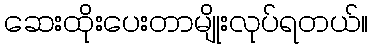
ဆေးထိုးပေးတာမျိုးလုပ်ရတယ်။